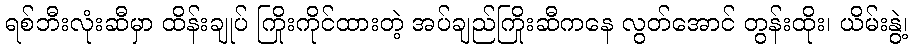
ရစ်ဘီးလုံးဆီမှာ ထိန်းချုပ် ကြိုးကိုင်ထားတဲ့ အပ်ချည်ကြိုးဆီကနေ လွတ်အောင် တွန်းထိုး၊ ယိမ်းနွဲ့၊